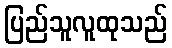
ပြည်သူလူထုသည်